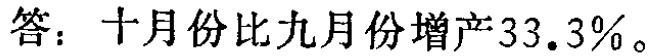
答：十月份比九月份增产\(33.3\%\)。